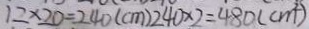
1 2 \times 2 0 = 2 4 0 ( c m ) 2 4 0 \times 2 = 4 8 0 ( c m ^ { 2 } )